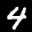
Label: 4